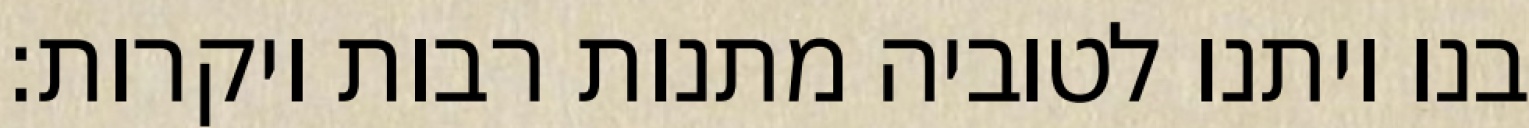
בנו ויתנו לטוביה מתנות רבות ויקרות: